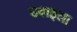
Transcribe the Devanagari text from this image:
उवाइला